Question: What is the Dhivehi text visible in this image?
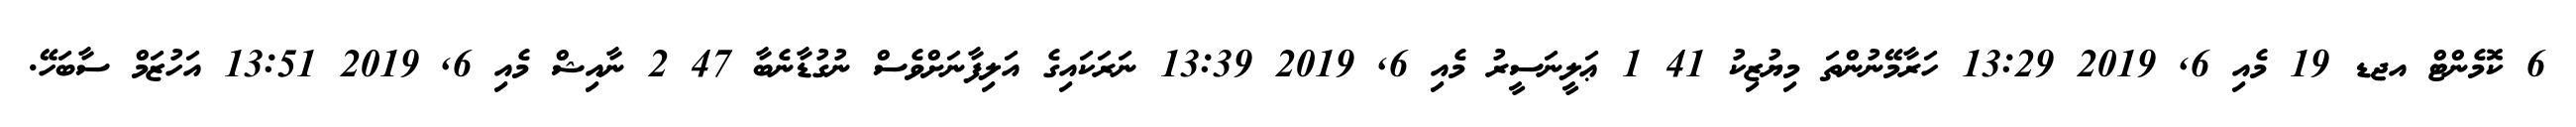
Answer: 6 ކޮމެންޓް އޖޑ 19 މެއި 6, 2019 13:29 ހަރާމޭނުންތަ މިޔުޒިކު 41 1 ޢަލީނަސީރު މެއި 6, 2019 13:39 ނަރަކައިގެ އަލިފާނަށްވެސް ނުގުޑާނެބާ 47 2 ނާއިޝް މެއި 6, 2019 13:51 އަހުޒަމް ސާބަހޭ.